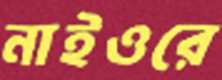
নাইওরে